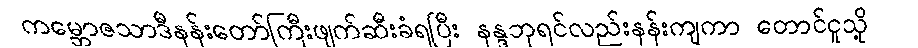
ကမ္ဘောဇသာဒီနန်းတော်ကြီးဖျက်ဆီးခံရပြီး နန္ဒဘုရင်လည်းနန်းကျကာ တောင်ငူသို့